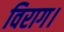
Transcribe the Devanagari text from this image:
विराग।